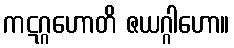
ကဋဂ္ဂဟောတိ ဇယဂ္ဂါဟော။